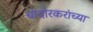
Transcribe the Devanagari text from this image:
चांदोरकरांच्या